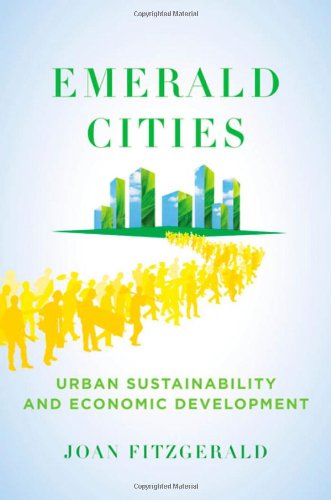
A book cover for Emerald Cities: Urban Sustainability and Economic Development; Joan Fitzgerald; Business & Money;